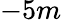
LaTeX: -5m